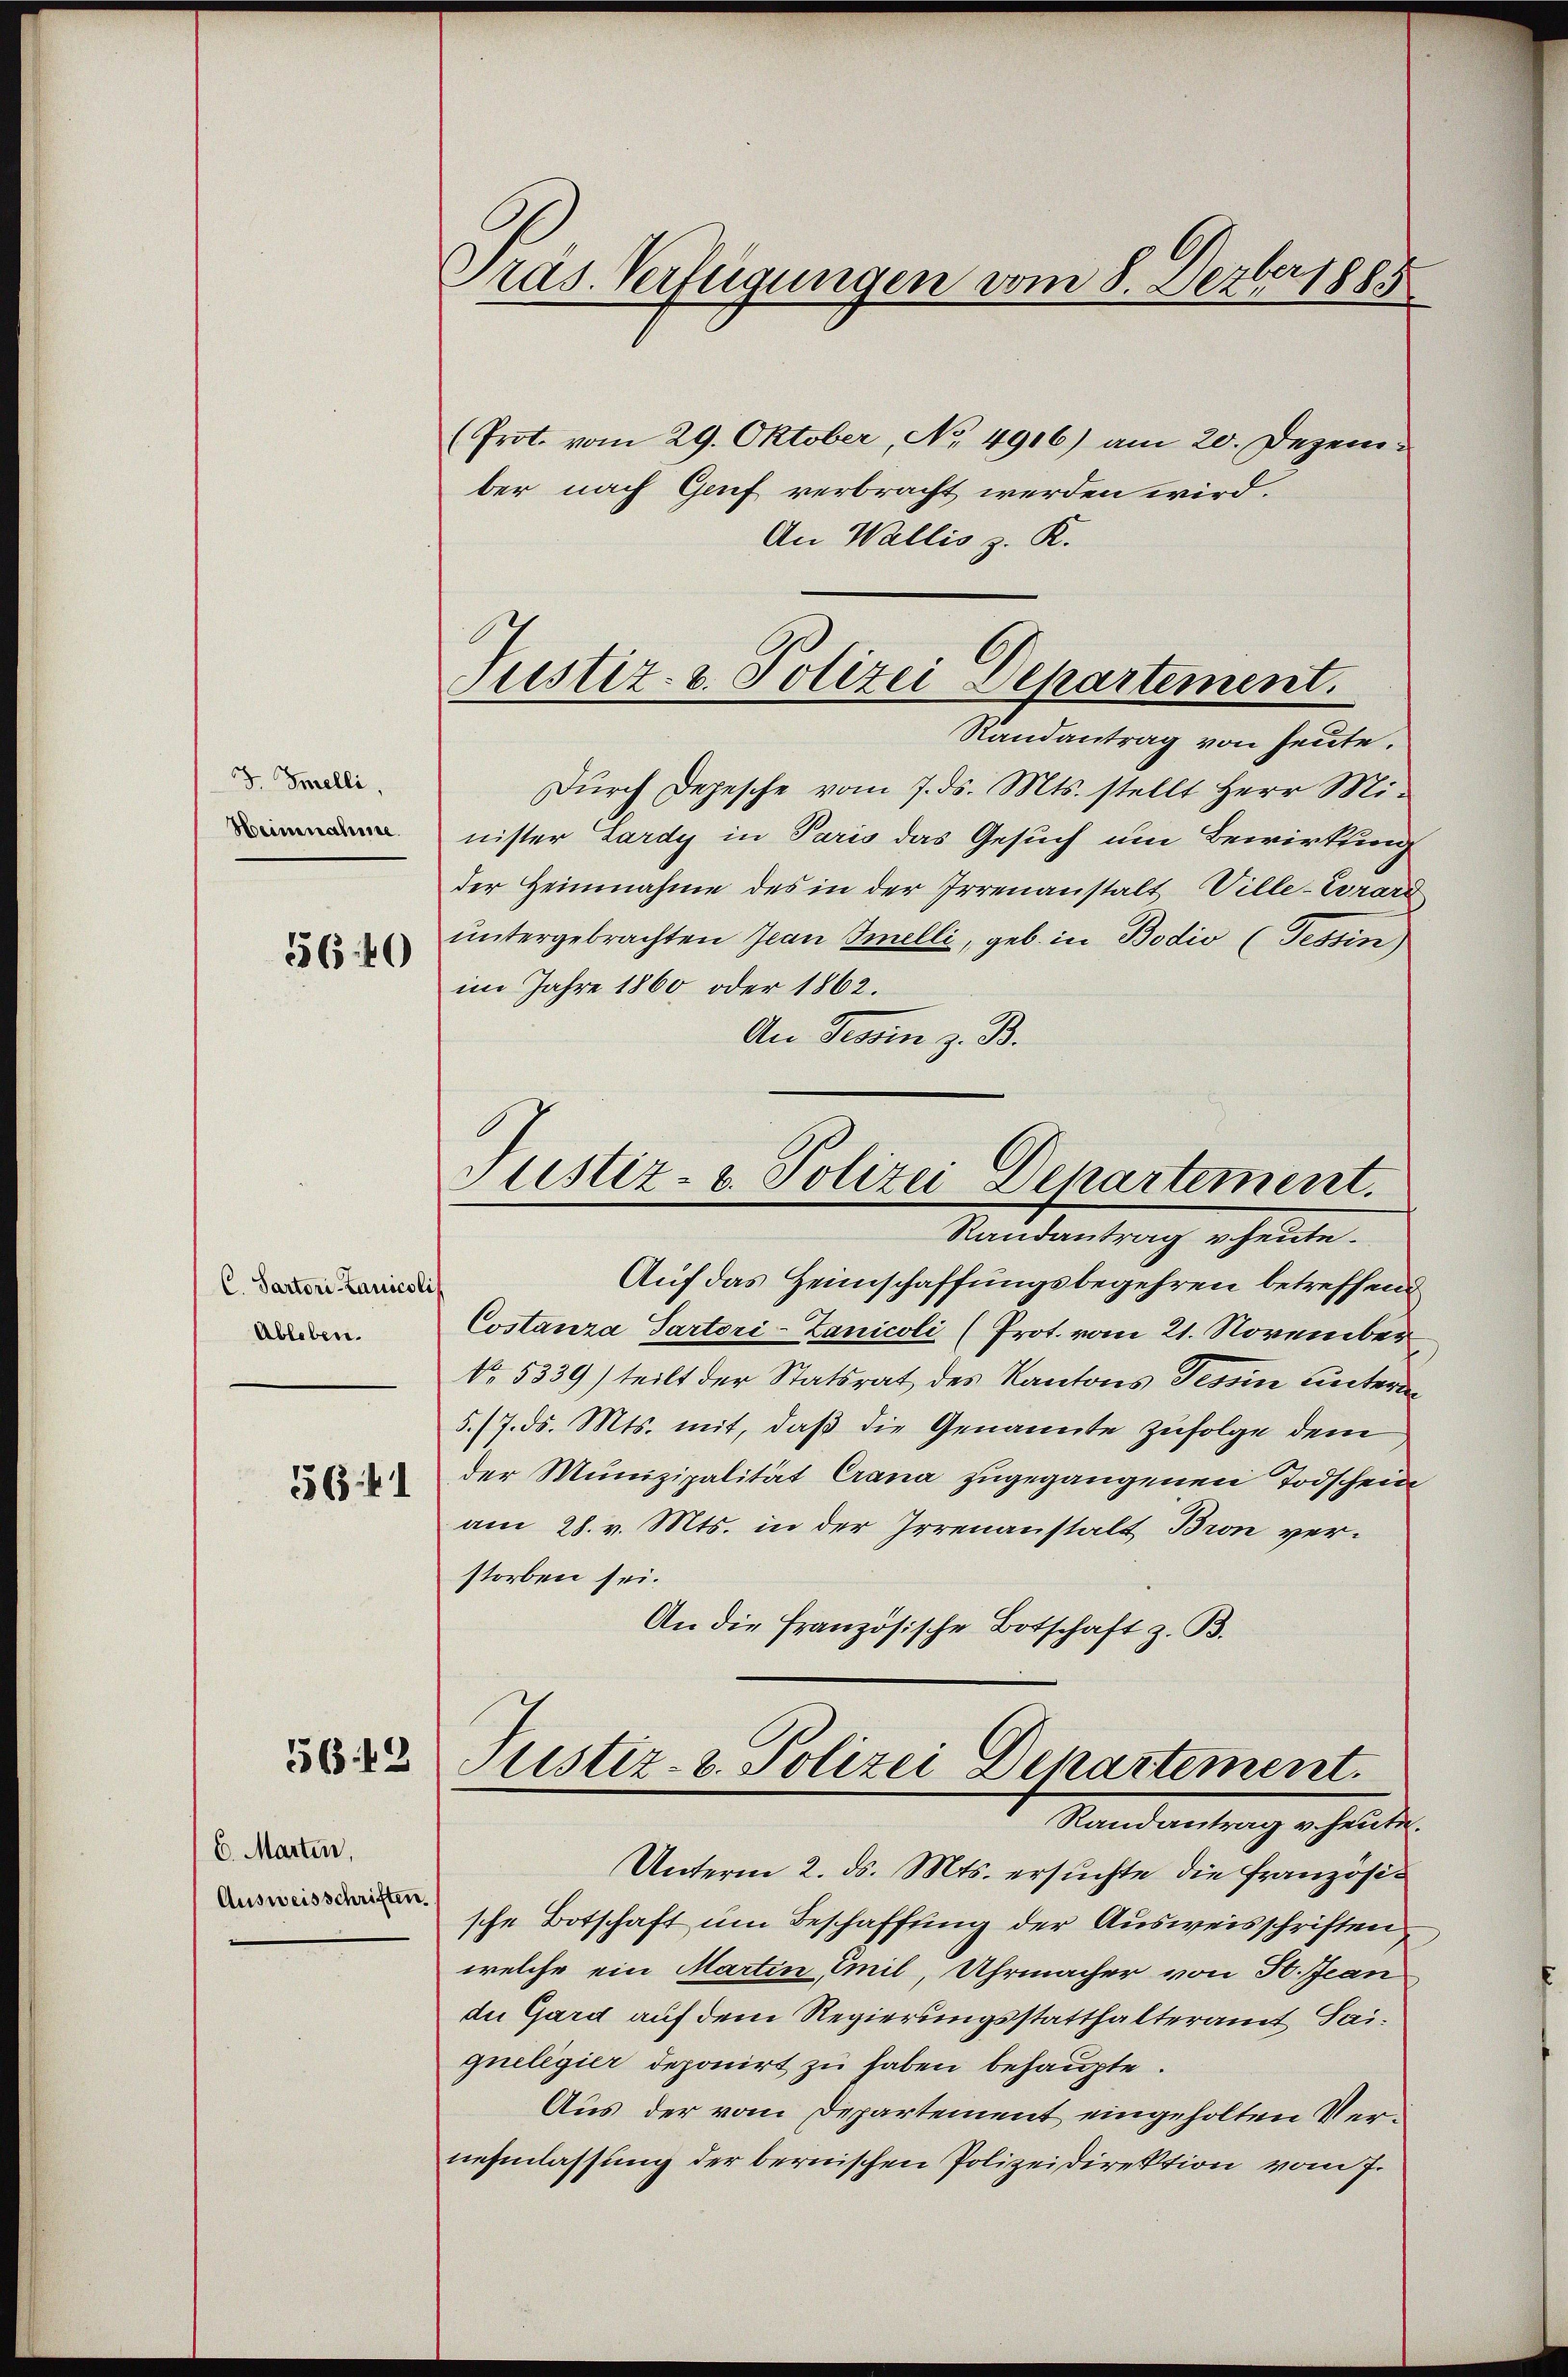
J. Snelli,
Heinnahme.

5640

C. Partori Lanicol
Ableben.

364

56 12

6. Martin,
Ausweisschriften

Präs. Verfügungen vom 8. Dezber 1885

Justiz- u. Polizei Departement.

Justiz- u. Polizei Departement.
Randantrag v heute.

(Prot. vom 29. Oktober, No 4916) am 20. Dezember nach Genf verbracht werden wird.
An Wallis z. K.
Randantrag von heute.
Dŭrch Depesche vom 7. ds. Mts. stellt Herr Mi-
nister Lardy in Paris das Gesuch um Bewirkung
der Heinnahme des in der Irrenanstalt Ville-Wrard
untergebrachten Jean Imelli, geb. in Bodio (Tessin)
im Jahre 1860 oder 1862.
An Tessin z. B.
Auf das Heimschaffungsbegehren betreffend
Costanza Partori-Zanicoli (Prot. vom 21. November
No. 5339) teilt der Statsrat des Kantons Tessin unterdan¬
5./7. ds. Mts. mit, daß die Genannte zufolge dem
der Munizipalität Crana zugegangenen Todschein
am 28. v. Mts. in der Irrenanstalt Bron verstorben sei.
An die Französische Botschaft z. B.
Justiz- & Polizei Departement.
Randantrag v. heute.
Unterm 2. ds. Mts. ersuchte die französische Botschaft um Beschaffung der Ausweisschriften
welche ein Martin Emil, Uhrmacher von 50. Jean
du Gard auf dem Regierungsstatthalteramt Saiqueligier deponirt zu haben behaupte.
Aus der vom Departement eingeholten Vernehmlassung der bernischen Polizeidirektion vom 7.